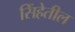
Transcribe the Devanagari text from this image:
सिंहेतील